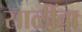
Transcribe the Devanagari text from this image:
साळींबा